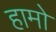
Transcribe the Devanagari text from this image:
हामो